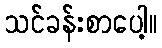
သင်ခန်းစာပေါ့။